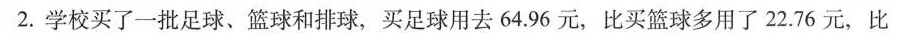
2.学校买了一批足球、篮球和排球，买足球用去64.96元，比买篮球多用了22.76元，比